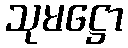
သုမဋ္ဌော